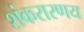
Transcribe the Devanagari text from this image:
शंकरारणय